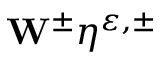
\mathbf { W } ^ { \pm } \eta ^ { \ensuremath { \varepsilon } , \pm }